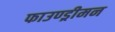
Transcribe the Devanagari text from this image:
फाउण्ड्रीमन